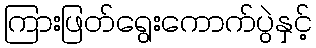
ကြားဖြတ်ရွေးကောက်ပွဲနှင့်